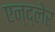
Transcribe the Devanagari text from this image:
एन्द्लेर्